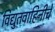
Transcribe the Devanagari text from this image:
विद्युतवाहिनीचे